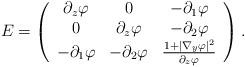
LaTeX: \begin{align*}E=\left(\begin{array}{ccc}\partial_z\varphi & 0 & -\partial_1\varphi\\0 & \partial_z\varphi & -\partial_2\varphi\\-\partial_1\varphi & -\partial_2\varphi & \frac{1+|\nabla_y\varphi|^2}{\partial_z\varphi}\\\end{array}\right).\end{align*}